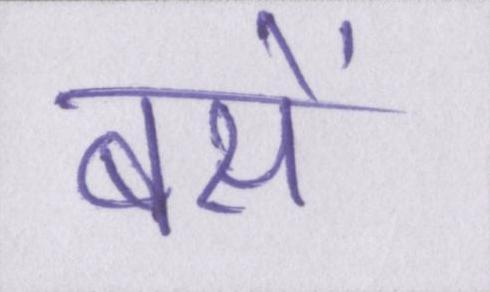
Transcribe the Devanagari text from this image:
बसें